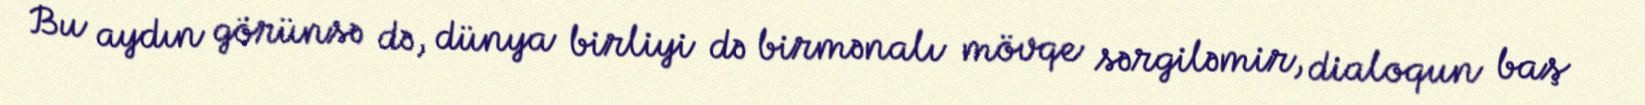
Bu aydın görünsə də, dünya birliyi də birmənalı mövqe sərgiləmir, dialoqun baş